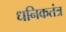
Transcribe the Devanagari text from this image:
धनिकतंत्र